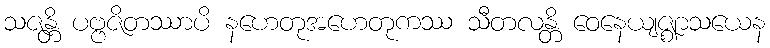
သဇန္တိ ပဗ္ဗဇိတဿာပိ နဟေတုအဟေတုကဿ သီတလန္တိ ဝေနေယျဇ္ဈာသယေန